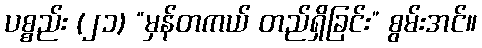
ပစ္စည်း (၂၁) “မှန်တကယ် တည်ရှိခြင်း” စွမ်းအင်။